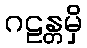
ဂဠန္တမှိ